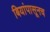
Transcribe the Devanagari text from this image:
बियांपासूनच